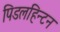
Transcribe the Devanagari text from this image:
पिडलहिन्टन